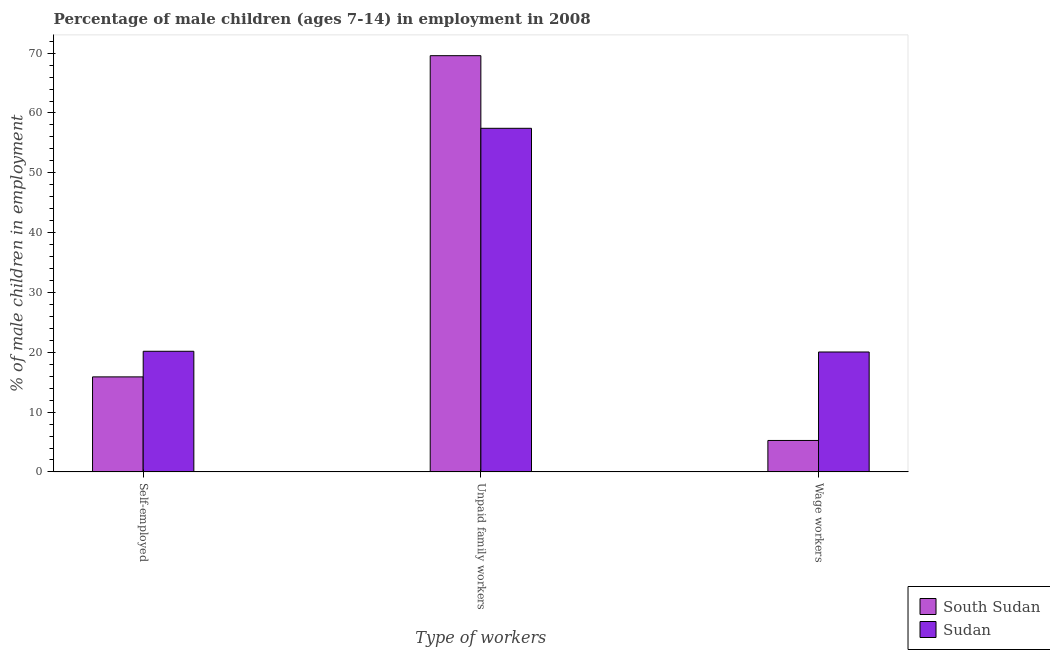
| Type of workers | South Sudan | Sudan |
 | --- | --- | --- |
 | Self-employed | 15.9 | 20.2 |
 | Unpaid family workers | 69.6 | 57.4 |
 | Wage workers | 5.26 | 20.1 |